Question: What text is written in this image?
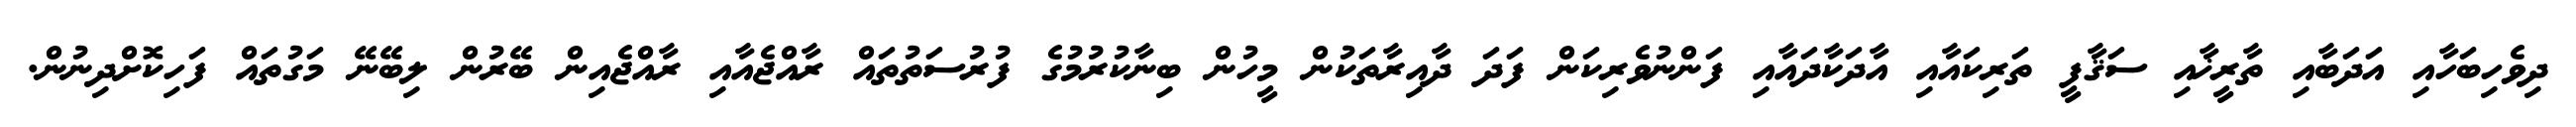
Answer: ދިވެހިބަހާއި އަދަބާއި ތާރީޚާއި ސަޤާފީ ތަރިކައާއި އާދަކާދައާއި ފަންނުވެރިކަން ފަދަ ދާއިރާތަކުން މީހުން ބިނާކުރުމުގެ ފުރުސަތުތައް ރާއްޖެއާއި ރާއްޖެއިން ބޭރުން ލިބޭނޭ މަގުތައް ފަހިކޮށްދިނުން.